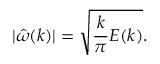
| \hat { \omega } ( \boldsymbol { k } ) | = \sqrt { \frac { k } { \pi } E ( k ) } .